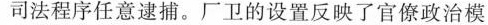
司法程序任意逮捕。厂卫的设置反映了官僚政治模